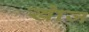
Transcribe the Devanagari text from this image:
खाेज